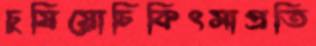
চুষিয়োচিকিৎসাপ্রতি